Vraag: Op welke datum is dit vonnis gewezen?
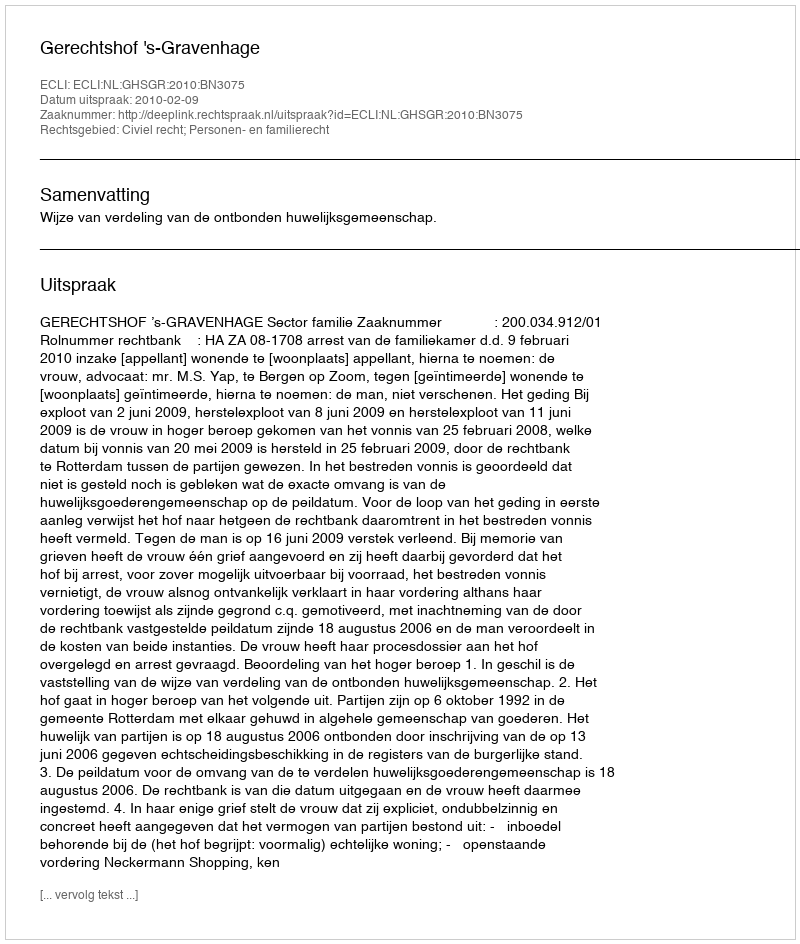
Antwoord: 2010-02-09